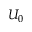
U _ { 0 }